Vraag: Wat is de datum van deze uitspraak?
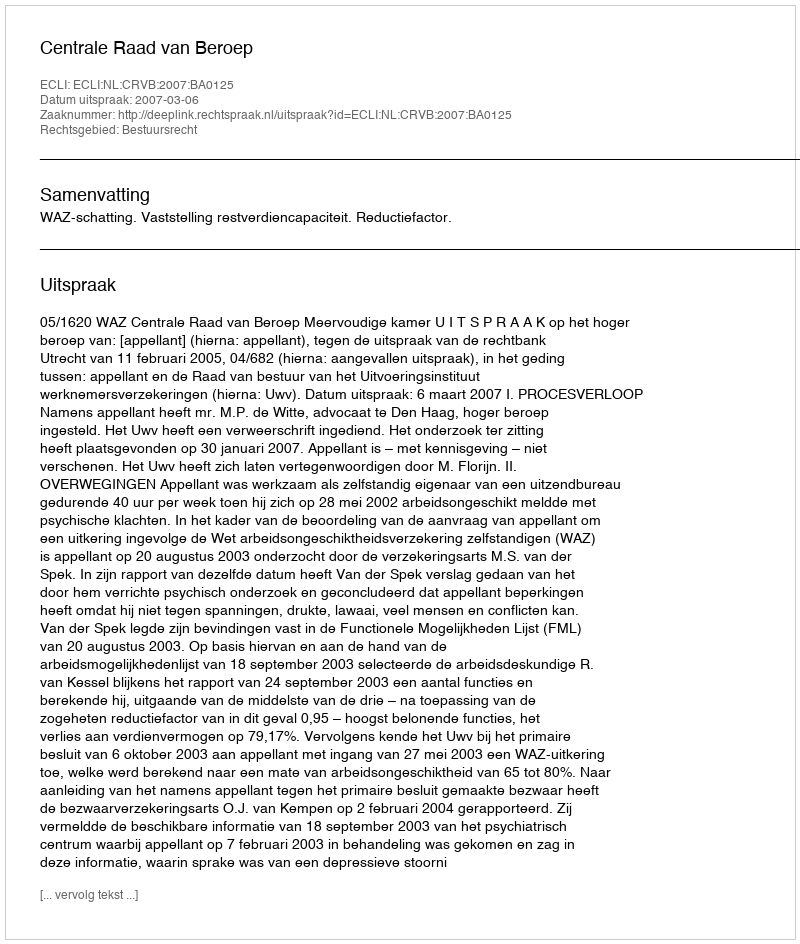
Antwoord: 2007-03-06